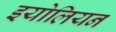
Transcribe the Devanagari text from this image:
इयोलियन